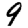
Digit: 9